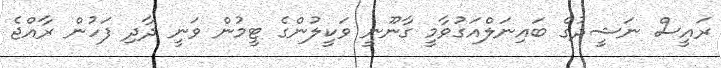
ރައީސް ނަޝީދުގެ ބައިނަލްއަގުވާމީ ގާނޫނީ ވަކީލުންގެ ޓީމުން ވަނީ ދާދި ފަހުން ރާއްޖެ